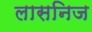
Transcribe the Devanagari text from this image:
लासनिज